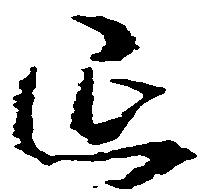
延